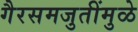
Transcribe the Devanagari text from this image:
गैरसमजुतींमुळे